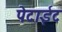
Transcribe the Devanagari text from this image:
पेटाईट